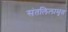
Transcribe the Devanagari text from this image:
संतलिलामृत